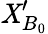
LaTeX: {{{{\mathit{X}}}}_{{{B}_{0}}}^{\prime}}